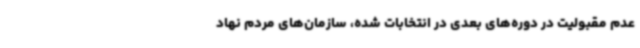
عدم مقبولیت در دوره‌های بعدی در انتخابات شده، سازمان‌های مردم نهاد